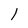
Character: 1